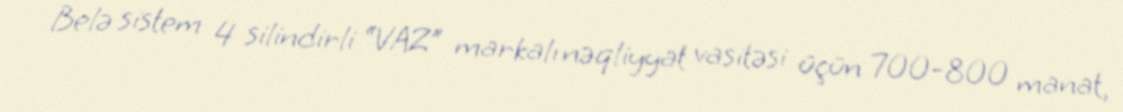
Belə sistem 4 silindirli “VAZ” markalı nəqliyyat vasitəsi üçün 700-800 manat,